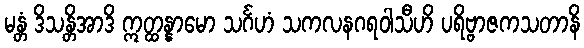
မန္တံ ဒိသန္တိအာဒိ ဣတ္ထန္နာမော သင်္ဂဟံ သကလနဂရဝါသီဟိ ပရိဗ္ဗာဇကသတာနိ